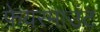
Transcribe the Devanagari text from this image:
फ़ेयरमाउंट